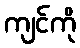
ကျင်ကို